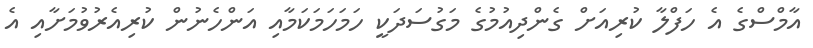
އާމްސްގެ އެ ހަފްލާ ކުރިއަށް ގެންދިއުމުގެ މަގުސަދަކީ ހަމަހަމަކަމާއި އަންހެނުން ކުރިއެރުވުމަށާއި އެ